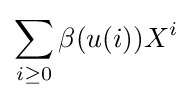
\sum _{i\geq 0}\beta (u(i))X^{i}